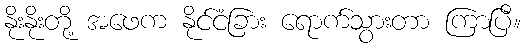
နိုးနိုးတို့ အဖေက နိုင်ငံခြား ရောက်သွားတာ ကြာပြီ။